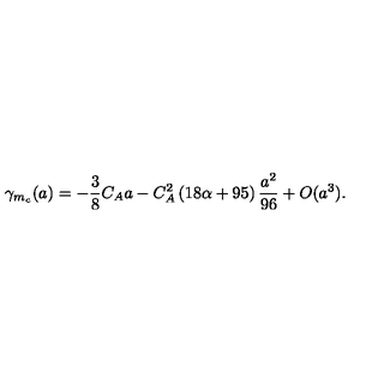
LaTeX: \gamma _ { m _ { c } } ( a ) = - \frac { 3 } { 8 } C _ { A } a - C _ { A } ^ { 2 } \left( 1 8 \alpha + 9 5 \right) \frac { a ^ { 2 } } { 9 6 } + O ( a ^ { 3 } ) .